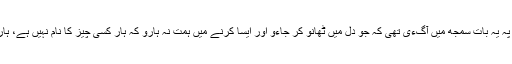
زندگی کے نہ جانے کس موڑ پہ یہ بات سمجھ میں آگءی تھی کہ جو دل میں ٹھانو کر جاءو اور ایسا کرنے میں ہمت نہ ہارو کہ ہار کسی چیز کا نام نہیں ہے، ہارتا وہ ہے جو ہار مان جاتا ہے۔